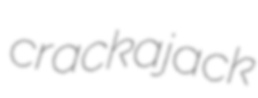
crackajack